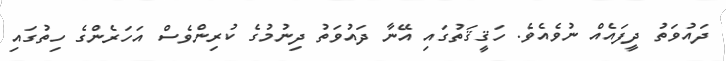
ދައުވަތު ދީފައެއް ނުވެއެވެ. ހަޤީޤަތުގައި އޭނާ ދައުވަތު ދިނުމުގެ ކުރިންވެސް އަހަރެންގެ ހިތުގައި